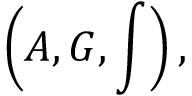
\left( { \cal A } , { \cal G } , \int \right) ,